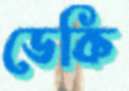
ডেকি